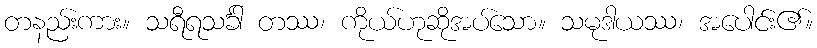
တနည်းကား။ သရီရသင်္ခါ တဿ၊ ကိုယ်ဟုဆိုအပ်သော။ သမုဒါယဿ၊ အပေါင်း၏။